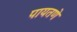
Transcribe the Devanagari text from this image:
पायतणे